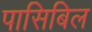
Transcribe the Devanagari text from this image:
पासिबिल